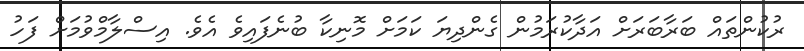
ރުކުންތައް ބަރާބަރަށް އަދާކުރަމުން ގެންދިޔަ ކަމަށް މޮނިކާ ބުނެފައިވެ އެވެ. އިސްލާމްވުމަށް ފަހު